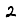
Digit: 2